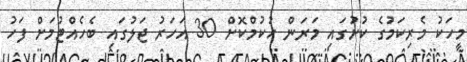
މީހަކު މެރިކަމުގެ ކުށުގައި މަރަން ހުކުމްކޮށް 30 އަހަރު ޖަލުގައި ބެހެއްޓުމަށް ފަހު